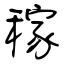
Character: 稼